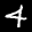
Label: 4